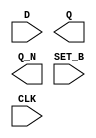
module sky130_fd_sc_ms__dfsbp (
    //# {{data|Data Signals}}
    input  D    ,
    output Q    ,
    output Q_N  ,

    //# {{control|Control Signals}}
    input  SET_B,

    //# {{clocks|Clocking}}
    input  CLK
);

    // Voltage supply signals
    supply1 VPWR;
    supply0 VGND;
    supply1 VPB ;
    supply0 VNB ;

endmodule